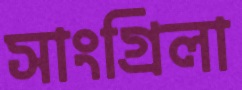
সাংগ্রিলা